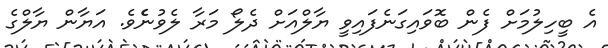
އެ ބީހިލުމަށް ފެން ބޮވައިގަނެފައިވީ ޔާލްއަށް ދެލޯ މަރާ ލެވުނެެވެ. އަޔާން ޔާލްގެ